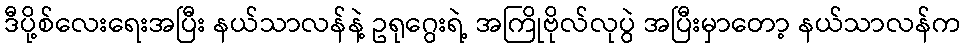
ဒီပို့စ်လေးရေးအပြီး နယ်သာလန်နဲ့ ဥရုဂွေးရဲ့ အကြိုဗိုလ်လုပွဲ အပြီးမှာတော့ နယ်သာလန်က